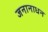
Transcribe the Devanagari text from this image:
जनानाधन